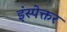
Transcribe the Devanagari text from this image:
इंस्पेक्तर